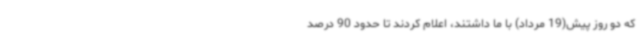
که دو روز پیش(19 مرداد) با ما داشتند، اعلام کردند تا حدود 90 درصد